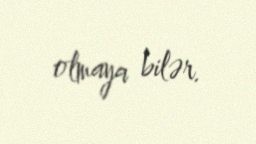
olmaya bilər.